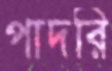
পাদরি